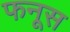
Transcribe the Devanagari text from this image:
फनूस